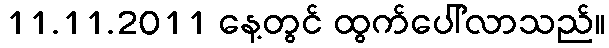
11.11.2011 နေ့တွင် ထွက်ပေါ်လာသည်။